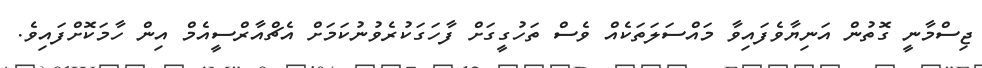
ޖިސްމާނީ ގޮތުން އަނިޔާވެފައިވާ މައްސަލަތަކެއް ވެސް ތަހުގީގަށް ފާހަގަކުރެވުނުކަމަށް އެޗްއާރްސީއެމް އިން ހާމަކޮށްފައިވެ.